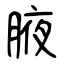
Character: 腋